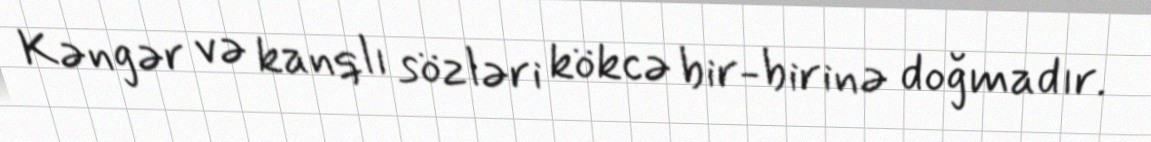
Kəngər və kanqlı sözləri kökcə bir-birinə doğmadır.